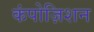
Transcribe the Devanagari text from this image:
कंपोज़िशन